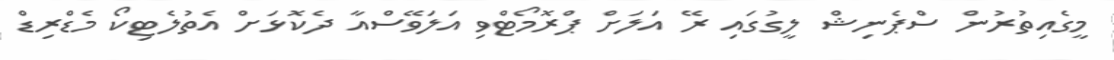
މީގެއިތުރުން ސްޕެނިޝް ލީގުގައި ރޭ އަލަށް ޕްރޮމޯޓްވި އަލަވޭސްއާ ދެކޮޅަށް އެތުލެޓިކޯ މެޑްރިޑް